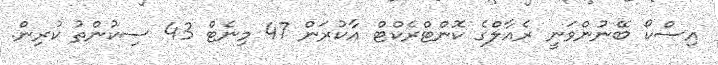
އިސްކޯ ބޭނުންވަނީ ރެއާލްގެ ކޮންޓްރެކްޓް އާކުރަން 47 މިނެޓް 43 ސިކުންތު ކުރިން.